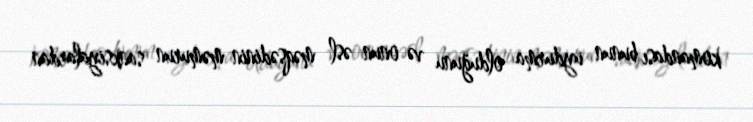
komandası bunun uydurma olduğunu və onun əsl məqsədinin məmurun sanksiyalardan